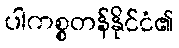
ပါကစ္စတန်နိုင်ငံ၏